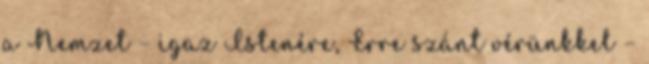
a Nemzet – igaz Istenére, Erre szánt vérünkkel –